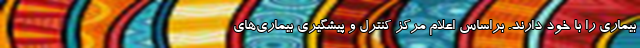
بیماری را با خود دارند. براساس اعلام مرکز کنترل و پیشگیری بیماری‌های